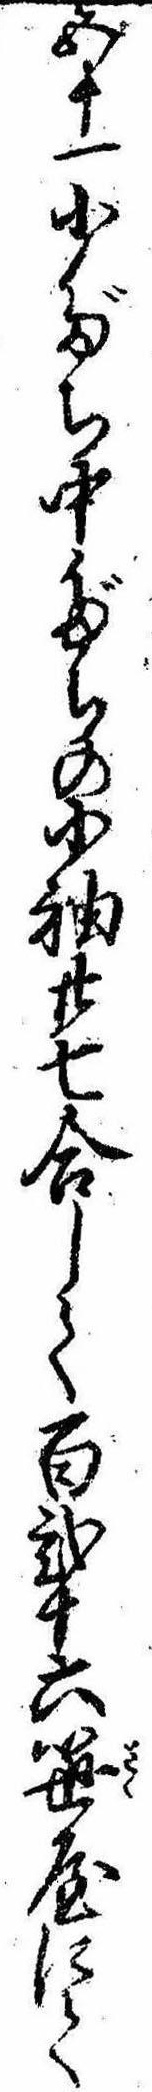
五十一小だち中だちの小袖廿七合して百弐十六笹屋にて